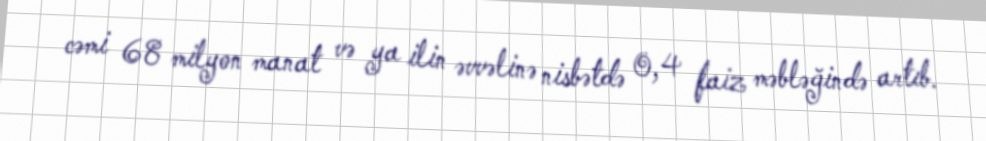
cəmi 68 milyon manat və ya ilin əvvəlinə nisbətdə 0,4 faiz məbləğində artıb.